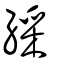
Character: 綵